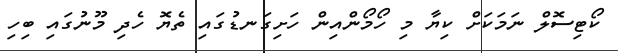
ކޯޓިސޮލް ނަމަކަށް ކިޔާ މި ހޯމޯންއިން ހަށިގަނޑުގައި ތެޔޮ ހެދި މޫނުގައި ބިހި